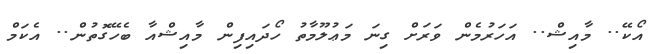
އޯކޭ.. މާއިޝް.. އަހަރުމެން ވަރަށް ގިނަ މަޢުލޫމާތު ހޯދައިފިން މާއިޝްއާ ބެހޭގޮތުން.. އެކަމް